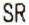
SR